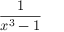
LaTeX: \frac { 1 } { x ^ { 3 } - 1 }